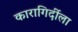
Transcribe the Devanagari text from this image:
कारागिर्दीला